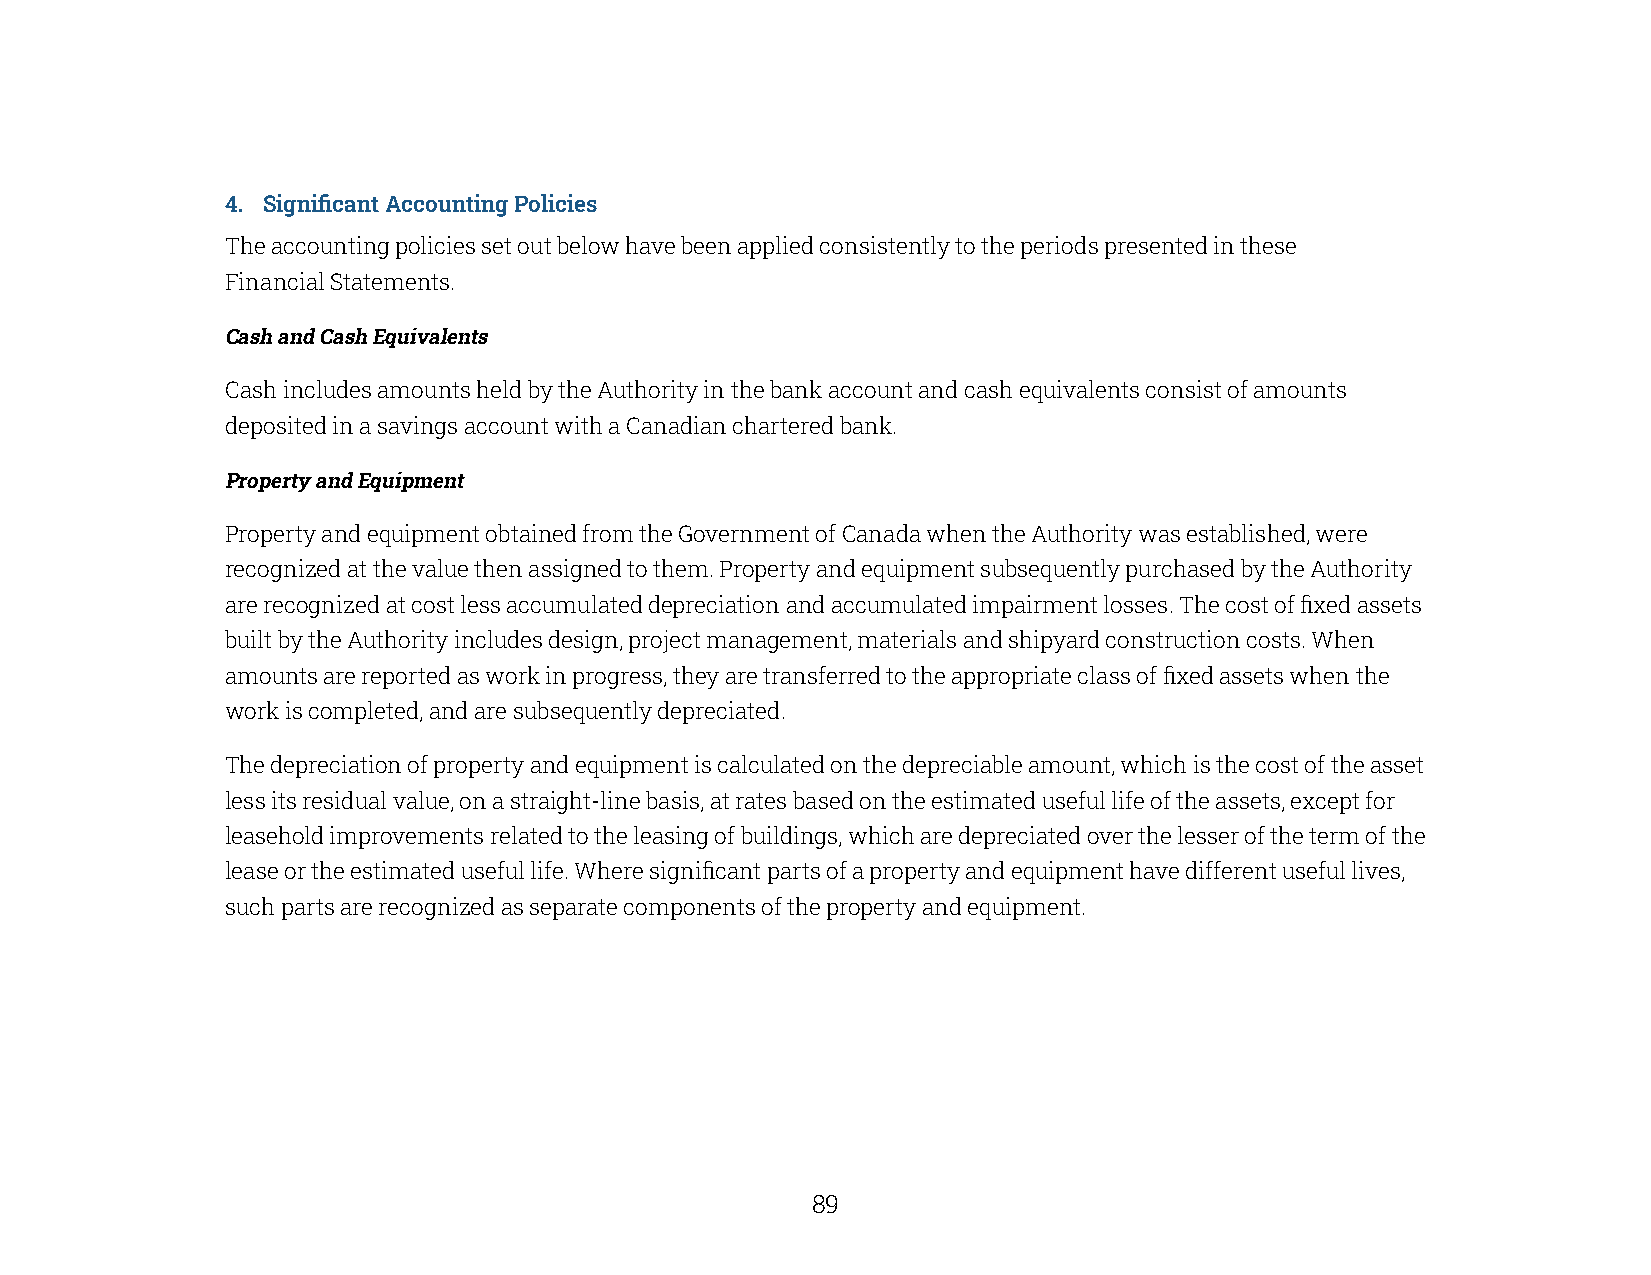
4. Significant Accounting Policies
 The accounting policies set out below have been applied consistently to the periods presented in these
 Financial Statements.
 Cash and Cash Equivalents
 Cash includes amounts held by the Authority in the bank account and cash equivalents consist of amounts
 deposited in a savings account with a Canadian chartered bank.
 Property and Equipment
 Property and equipment obtained from the Government of Canada when the Authority was established, were
 recognized at the value then assigned to them. Property and equipment subsequently purchased by the Authority
 are recognized at cost less accumulated depreciation and accumulated impairment losses. The cost of fixed assets
 built by the Authority includes design, project management, materials and shipyard construction costs. When
 amounts are reported as work in progress, they are transferred to the appropriate class of fixed assets when the
 work is completed, and are subsequently depreciated.
 The depreciation of property and equipment is calculated on the depreciable amount, which is the cost of the asset
 less its residual value, on a straight-line basis, at rates based on the estimated useful life of the assets, except for
 leasehold improvements related to the leasing of buildings, which are depreciated over the lesser of the term of the
 lease or the estimated useful life. Where significant parts of a property and equipment have different useful lives,
 such parts are recognized as separate components of the property and equipment.
 88                                                    89